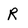
Character: R